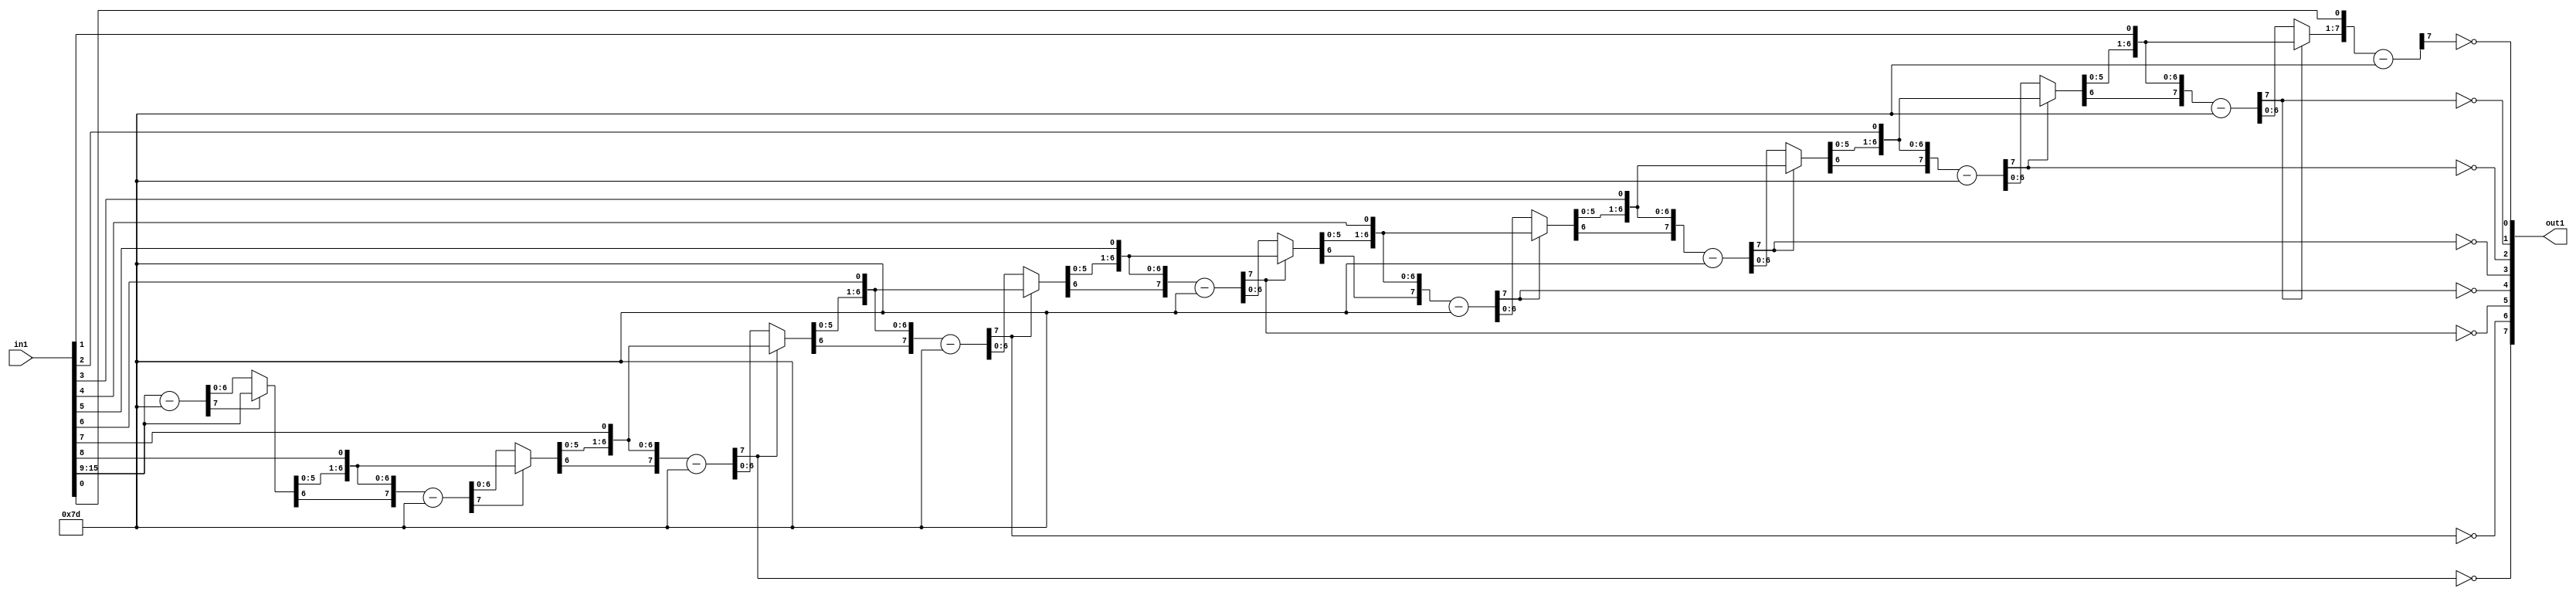
`timescale 1ps / 1ps
/*****************************************************************************
    Verilog RTL Description
    
    
    Created by: Stratus DpOpt 2019.1.01 
*******************************************************************************/

module SobelFilter_Div_8U_19_1 (
	in1,
	out1
	); /* architecture "behavioural" */ 
input [15:0] in1;
output [7:0] out1;
wire [7:0] asc001_0,
	in1_7;
wire [6:0] in1_8;
wire [7:0] in1_10,
	in1_11,
	in1_13;
wire [8:0] in1_14;
wire [7:0] in1_16;
wire [9:0] in1_17;
wire [7:0] in1_19;
wire [10:0] in1_20;
wire [7:0] in1_22;
wire [11:0] in1_23;
wire [7:0] in1_25;
wire [12:0] in1_26;
wire [7:0] in1_28;
wire [13:0] in1_29;
wire [7:0] in1_31;
wire [14:0] in1_32;
wire [15:0] in1_33;
wire [7:0] in1_34,
	in1_9_0,
	in1_9_1;
wire [8:0] in1_12_0,
	in1_12_1;
wire [9:0] in1_15_0,
	in1_15_1;
wire [10:0] in1_18_0,
	in1_18_1;
wire [11:0] in1_21_0,
	in1_21_1;
wire [12:0] in1_24_0,
	in1_24_1;
wire [13:0] in1_27_0,
	in1_27_1;
wire [14:0] in1_30_0,
	in1_30_1;

wire [7:0] in1_7_tmp_0;
assign in1_7_tmp_0 = 
	+(in1[15:9]);
assign in1_7 = in1_7_tmp_0
	-(8'B01111101);

reg [6:0] in1_8_tmp_1;
assign in1_8 = in1_8_tmp_1;
always @ (in1_7[7] or in1_7[6:0] or in1[15:9]) begin
	case (in1_7[7])
		1'B0 : in1_8_tmp_1 = in1_7[6:0] ;
		default : in1_8_tmp_1 = in1[15:9] ;
	endcase
end

assign in1_9_0 = {in1_8,in1[8]};

assign in1_9_1 = {in1_8,in1[8]};

wire [7:0] in1_10_tmp_2;
assign in1_10_tmp_2 = 
	+(in1_9_1);
assign in1_10 = in1_10_tmp_2
	-(8'B01111101);

reg [7:0] in1_11_tmp_3;
assign in1_11 = in1_11_tmp_3;
always @ (in1_10[7] or in1_10 or in1_9_0) begin
	case (in1_10[7])
		1'B0 : in1_11_tmp_3 = in1_10 ;
		default : in1_11_tmp_3 = in1_9_0 ;
	endcase
end

assign in1_12_0 = {in1_11,in1[7]};

assign in1_12_1 = {in1_11,in1[7]};

wire [7:0] in1_13_tmp_4;
assign in1_13_tmp_4 = 
	+(in1_12_1[7:0]);
assign in1_13 = in1_13_tmp_4
	-(8'B01111101);

assign asc001_0[7] = ~in1_13[7];

reg [8:0] in1_14_tmp_5;
assign in1_14 = in1_14_tmp_5;
always @ (in1_13[7] or in1_13 or in1_12_0) begin
	case (in1_13[7])
		1'B0 : in1_14_tmp_5 = in1_13 ;
		default : in1_14_tmp_5 = in1_12_0 ;
	endcase
end

assign in1_15_0 = {in1_14,in1[6]};

assign in1_15_1 = {in1_14,in1[6]};

wire [7:0] in1_16_tmp_6;
assign in1_16_tmp_6 = 
	+(in1_15_1[7:0]);
assign in1_16 = in1_16_tmp_6
	-(8'B01111101);

assign asc001_0[6] = ~in1_16[7];

reg [9:0] in1_17_tmp_7;
assign in1_17 = in1_17_tmp_7;
always @ (in1_16[7] or in1_16 or in1_15_0) begin
	case (in1_16[7])
		1'B0 : in1_17_tmp_7 = in1_16 ;
		default : in1_17_tmp_7 = in1_15_0 ;
	endcase
end

assign in1_18_0 = {in1_17,in1[5]};

assign in1_18_1 = {in1_17,in1[5]};

wire [7:0] in1_19_tmp_8;
assign in1_19_tmp_8 = 
	+(in1_18_1[7:0]);
assign in1_19 = in1_19_tmp_8
	-(8'B01111101);

assign asc001_0[5] = ~in1_19[7];

reg [10:0] in1_20_tmp_9;
assign in1_20 = in1_20_tmp_9;
always @ (in1_19[7] or in1_19 or in1_18_0) begin
	case (in1_19[7])
		1'B0 : in1_20_tmp_9 = in1_19 ;
		default : in1_20_tmp_9 = in1_18_0 ;
	endcase
end

assign in1_21_0 = {in1_20,in1[4]};

assign in1_21_1 = {in1_20,in1[4]};

wire [7:0] in1_22_tmp_10;
assign in1_22_tmp_10 = 
	+(in1_21_1[7:0]);
assign in1_22 = in1_22_tmp_10
	-(8'B01111101);

assign asc001_0[4] = ~in1_22[7];

reg [11:0] in1_23_tmp_11;
assign in1_23 = in1_23_tmp_11;
always @ (in1_22[7] or in1_22 or in1_21_0) begin
	case (in1_22[7])
		1'B0 : in1_23_tmp_11 = in1_22 ;
		default : in1_23_tmp_11 = in1_21_0 ;
	endcase
end

assign in1_24_0 = {in1_23,in1[3]};

assign in1_24_1 = {in1_23,in1[3]};

wire [7:0] in1_25_tmp_12;
assign in1_25_tmp_12 = 
	+(in1_24_1[7:0]);
assign in1_25 = in1_25_tmp_12
	-(8'B01111101);

assign asc001_0[3] = ~in1_25[7];

reg [12:0] in1_26_tmp_13;
assign in1_26 = in1_26_tmp_13;
always @ (in1_25[7] or in1_25 or in1_24_0) begin
	case (in1_25[7])
		1'B0 : in1_26_tmp_13 = in1_25 ;
		default : in1_26_tmp_13 = in1_24_0 ;
	endcase
end

assign in1_27_0 = {in1_26,in1[2]};

assign in1_27_1 = {in1_26,in1[2]};

wire [7:0] in1_28_tmp_14;
assign in1_28_tmp_14 = 
	+(in1_27_1[7:0]);
assign in1_28 = in1_28_tmp_14
	-(8'B01111101);

assign asc001_0[2] = ~in1_28[7];

reg [13:0] in1_29_tmp_15;
assign in1_29 = in1_29_tmp_15;
always @ (in1_28[7] or in1_28 or in1_27_0) begin
	case (in1_28[7])
		1'B0 : in1_29_tmp_15 = in1_28 ;
		default : in1_29_tmp_15 = in1_27_0 ;
	endcase
end

assign in1_30_0 = {in1_29,in1[1]};

assign in1_30_1 = {in1_29,in1[1]};

wire [7:0] in1_31_tmp_16;
assign in1_31_tmp_16 = 
	+(in1_30_1[7:0]);
assign in1_31 = in1_31_tmp_16
	-(8'B01111101);

assign asc001_0[1] = ~in1_31[7];

reg [14:0] in1_32_tmp_17;
assign in1_32 = in1_32_tmp_17;
always @ (in1_31[7] or in1_31 or in1_30_0) begin
	case (in1_31[7])
		1'B0 : in1_32_tmp_17 = in1_31 ;
		default : in1_32_tmp_17 = in1_30_0 ;
	endcase
end

assign in1_33 = {in1_32,in1[0]};

wire [7:0] in1_34_tmp_18;
assign in1_34_tmp_18 = 
	+(in1_33[7:0]);
assign in1_34 = in1_34_tmp_18
	-(8'B01111101);

assign asc001_0[0] = ~in1_34[7];

assign out1 = asc001_0;
endmodule

/* CADENCE  v7n2SA7d : u9/ySgnWtBlWxVPRXgAZ4Og= ** DO NOT EDIT THIS LINE ******/